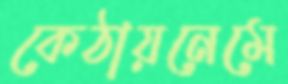
কেঠায়নেমে